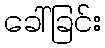
ခေါ်ခြင်း